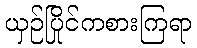
ယှဉ်ပြိုင်ကစားကြရာ